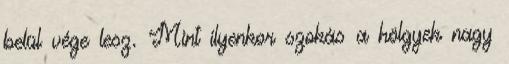
belül vége lesz. Mint ilyenkor szokás a hölgyek nagy